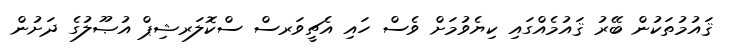
ޤައުމުތަކުން ބޭރު ޤައުމެއްގައި ކިޔެވުމަށް ވެސް ހައި އެޗީވަރސް ސްކޮލަރޝިޕް އުޞޫލުގެ ދަށުން